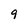
Character: 9